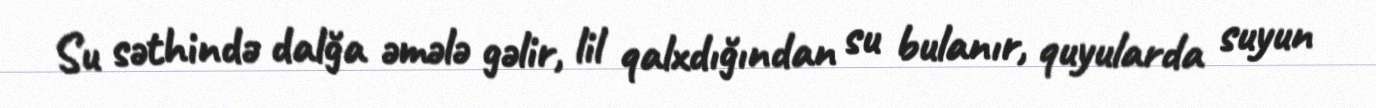
Su səthində dalğa əmələ gəlir, lil qalxdığından su bulanır, quyularda suyun